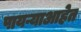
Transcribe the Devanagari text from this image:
पायऱ्याआहेत